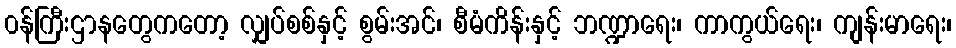
၀န်ကြီးဌာနတွေကတော့ လျှပ်စစ်နှင့် စွမ်းအင်၊ စီမံကိန်းနှင့် ဘဏ္ဍာရေး၊ ကာကွယ်ရေး၊ ကျန်းမာရေး၊